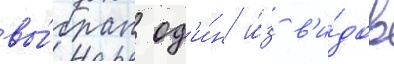
вы́бран од'и́н и́з в'и́дов